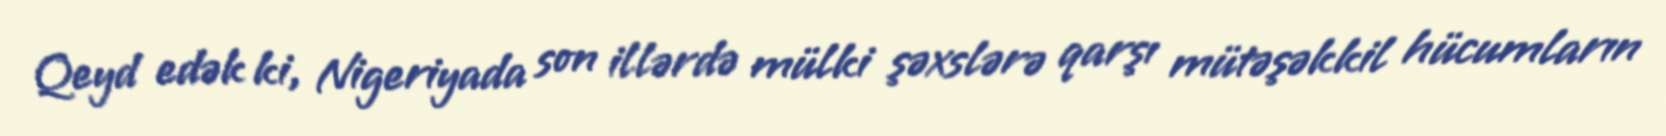
Qeyd edək ki, Nigeriyada son illərdə mülki şəxslərə qarşı mütəşəkkil hücumların